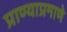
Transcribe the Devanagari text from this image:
प्राण्याप्रमाणे